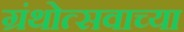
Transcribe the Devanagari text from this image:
ग्रंथोत्सवाच्या